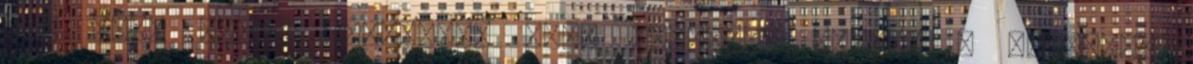
egy órán belül elfogták, majd őrizetbe vették - hangzott